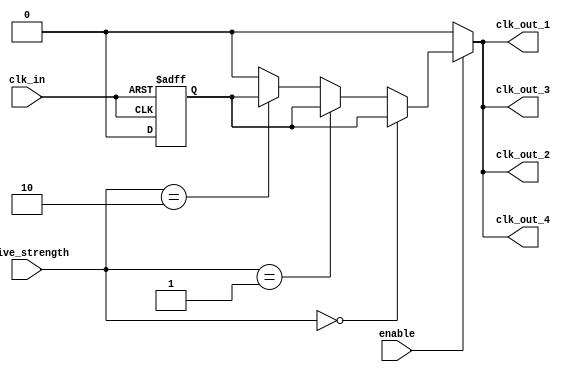
module high_fanout_clock_buffer (
    input wire clk_in,        // Incoming clock signal
    input wire enable,        // Enable signal for the clock buffer
    input wire [1:0] drive_strength, // Drive strength control
    output wire clk_out_1,    // First output clock
    output wire clk_out_2,    // Second output clock
    output wire clk_out_3,    // Third output clock
    output wire clk_out_4     // Fourth output clock
);

    // Parameters for drive strength
    parameter DRIVE_LOW = 2'b00;
    parameter DRIVE_MEDIUM = 2'b01;
    parameter DRIVE_HIGH = 2'b10;

    // Internal signals
    wire clk_buffered;
    wire clk_drive;

    // Input Buffer with Schmitt Trigger behavior
    reg clk_buf;
    always @(posedge clk_in or negedge clk_in) begin
        if (clk_in) begin
            clk_buf <= 1'b1;
        end else begin
            clk_buf <= 1'b0;
        end
    end

    // Output Buffer Drive Strength Control
    assign clk_drive = (drive_strength == DRIVE_LOW) ? clk_buf :
                       (drive_strength == DRIVE_MEDIUM) ? clk_buf :
                       (drive_strength == DRIVE_HIGH) ? clk_buf : 1'b0;

    // Generate output clocks based on enable signal
    assign clk_out_1 = enable ? clk_drive : 1'b0;
    assign clk_out_2 = enable ? clk_drive : 1'b0;
    assign clk_out_3 = enable ? clk_drive : 1'b0;
    assign clk_out_4 = enable ? clk_drive : 1'b0;

endmodule